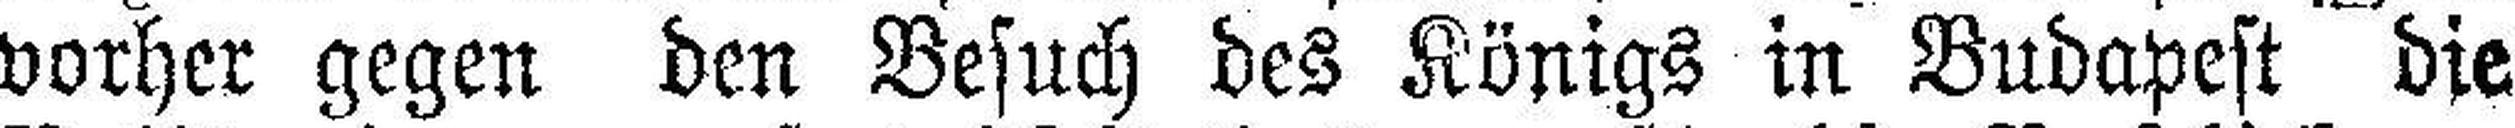
vorher gegen den Besuch des Königs in Budapest die